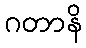
ဂတာနိ